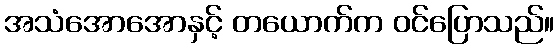
အသံအောအောနှင့် တယောက်က ဝင်ပြောသည်။